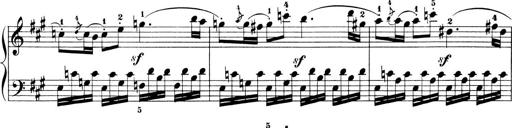
Title: 6 Piano Sonatinas
Composer: Cornelius Gurlitt